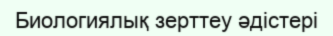
Биологиялық зерттеу әдістері